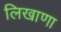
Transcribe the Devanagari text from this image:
लिखाणा